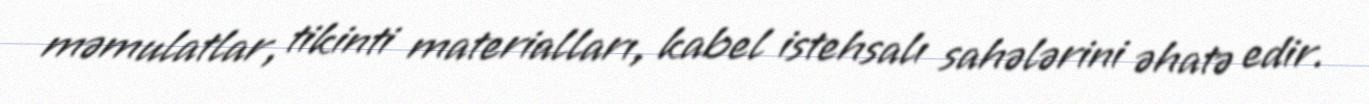
məmulatlar, tikinti materialları, kabel istehsalı sahələrini əhatə edir.